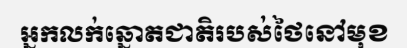
អ្នកលក់ឆ្នោតជាតិរបស់ថៃនៅមុខ